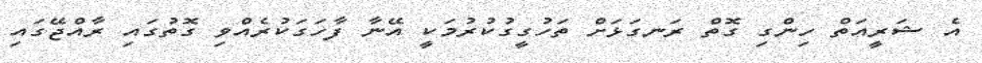
އެ ޝަރީއަތް ހިންގި ގޮތް ރަނގަޅަށް ތަހުގީގުކުރުމަކީ އޭނާ ފާހަގަކުރެއްވި ގޮތުގައި ރާއްޖޭގައި